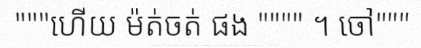
"""ហើយ ម៉ត់ចត់ ផង """" ។ ចៅ"""